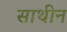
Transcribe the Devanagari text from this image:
साथीन